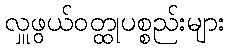
လှူဖွယ်ဝတ္ထုပစ္စည်းများ